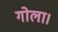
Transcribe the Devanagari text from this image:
गोला।